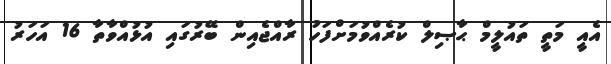
އެއީ މަތީ ތައުލީމް ޙާޞިލް ކުރެއްވުމަށްފަހު ރާއްޖެއިން ބޭރުގައި އުޅުއްވާތާ 16 އަހަރު